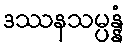
ဒဿနသမ္ပန္နံ